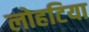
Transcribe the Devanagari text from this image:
लोहटिया